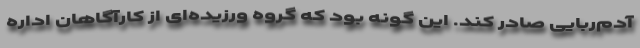
آدم‌ربایی صادر کند. این گونه بود که گروه ورزیده‌ای از کارآگاهان اداره